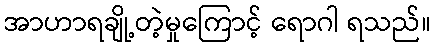
အာဟာရချို့တဲ့မှုကြောင့် ရောဂါ ရသည်။